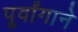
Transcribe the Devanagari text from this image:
पूर्वांगाने